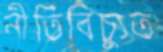
নীতিবিচ্যুত